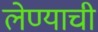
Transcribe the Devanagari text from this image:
लेण्याची